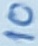
Text: 10